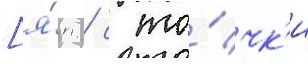
[я́п. / с то́чк'и